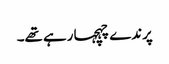
پرندے چہچہا رہے تھے۔